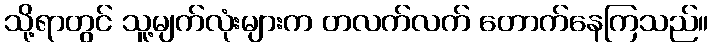
သို့ရာတွင် သူ့မျက်လုံးများက တလက်လက် တောက်နေကြသည်။